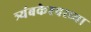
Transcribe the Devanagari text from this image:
त्र्यंबकेश्‍वरच्या